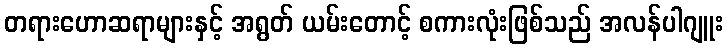
တရားဟောဆရာများနှင့် အရွတ် ယမ်းတောင့် စကားလုံးဖြစ်သည် အလန်ပါဂျူး